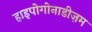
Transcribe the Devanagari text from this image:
हाइपोगोनाडीज़म